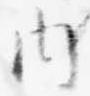
内